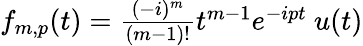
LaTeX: \begin{array}{r}{f_{m,p}(t)=\frac{(-i)^{m}}{(m-1)!}t^{m-1}e^{-ipt}~u(t)}\end{array}